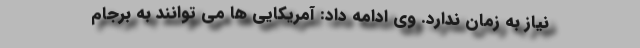
نیاز به زمان ندارد. وی ادامه داد: آمریکایی ها می توانند به برجام